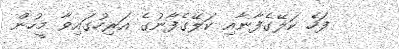
ފަހެ ކަލޭގެފާނާއި ކަލޭގެފާނުގެ އަރިހުގައިވާ މީހުން